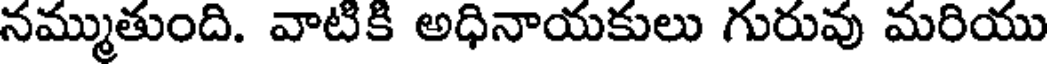
నమ్ముతుంది. వాటికి అధినాయకులు గురువు మరియు